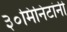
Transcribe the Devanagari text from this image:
३०मिनिटांनी